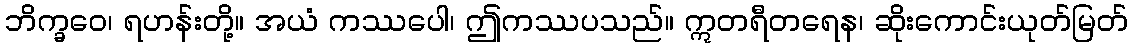
ဘိက္ခဝေ၊ ရဟန်းတို့။ အယံ ကဿပေါ၊ ဤကဿပသည်။ ဣတရီတရေန၊ ဆိုးကောင်းယုတ်မြတ်